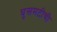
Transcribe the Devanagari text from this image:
घुसमटीची